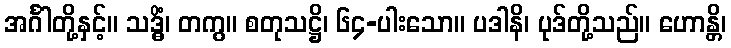
အင်္ဂါတို့နှင့်။ သဒ္ဓိံ၊ တကွ။ စတုသဋ္ဌိ၊ ၆၄-ပါးသော။ ပဒါနိ၊ ပုဒ်တို့သည်။ ဟောန္တိ၊